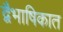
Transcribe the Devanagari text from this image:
द्वैभाषिकात